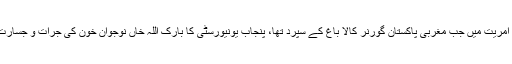
ایوب خاں کے دورِ آمریت میں جب مغربی پاکستان گورنر کالا باغ کے سپرد تھا، پنجاب یونیورسٹی کا بارک اللہ خاں نوجوان خون کی جرأت و جسارت کی علامت ٹھہرا۔